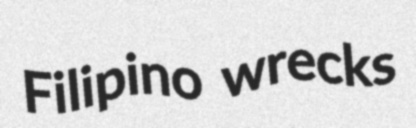
Filipino wrecks